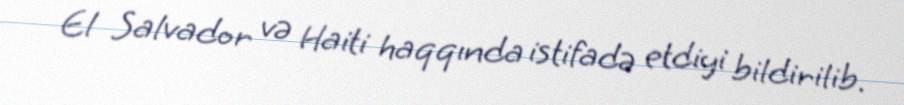
El Salvador və Haiti haqqında istifadə etdiyi bildirilib.